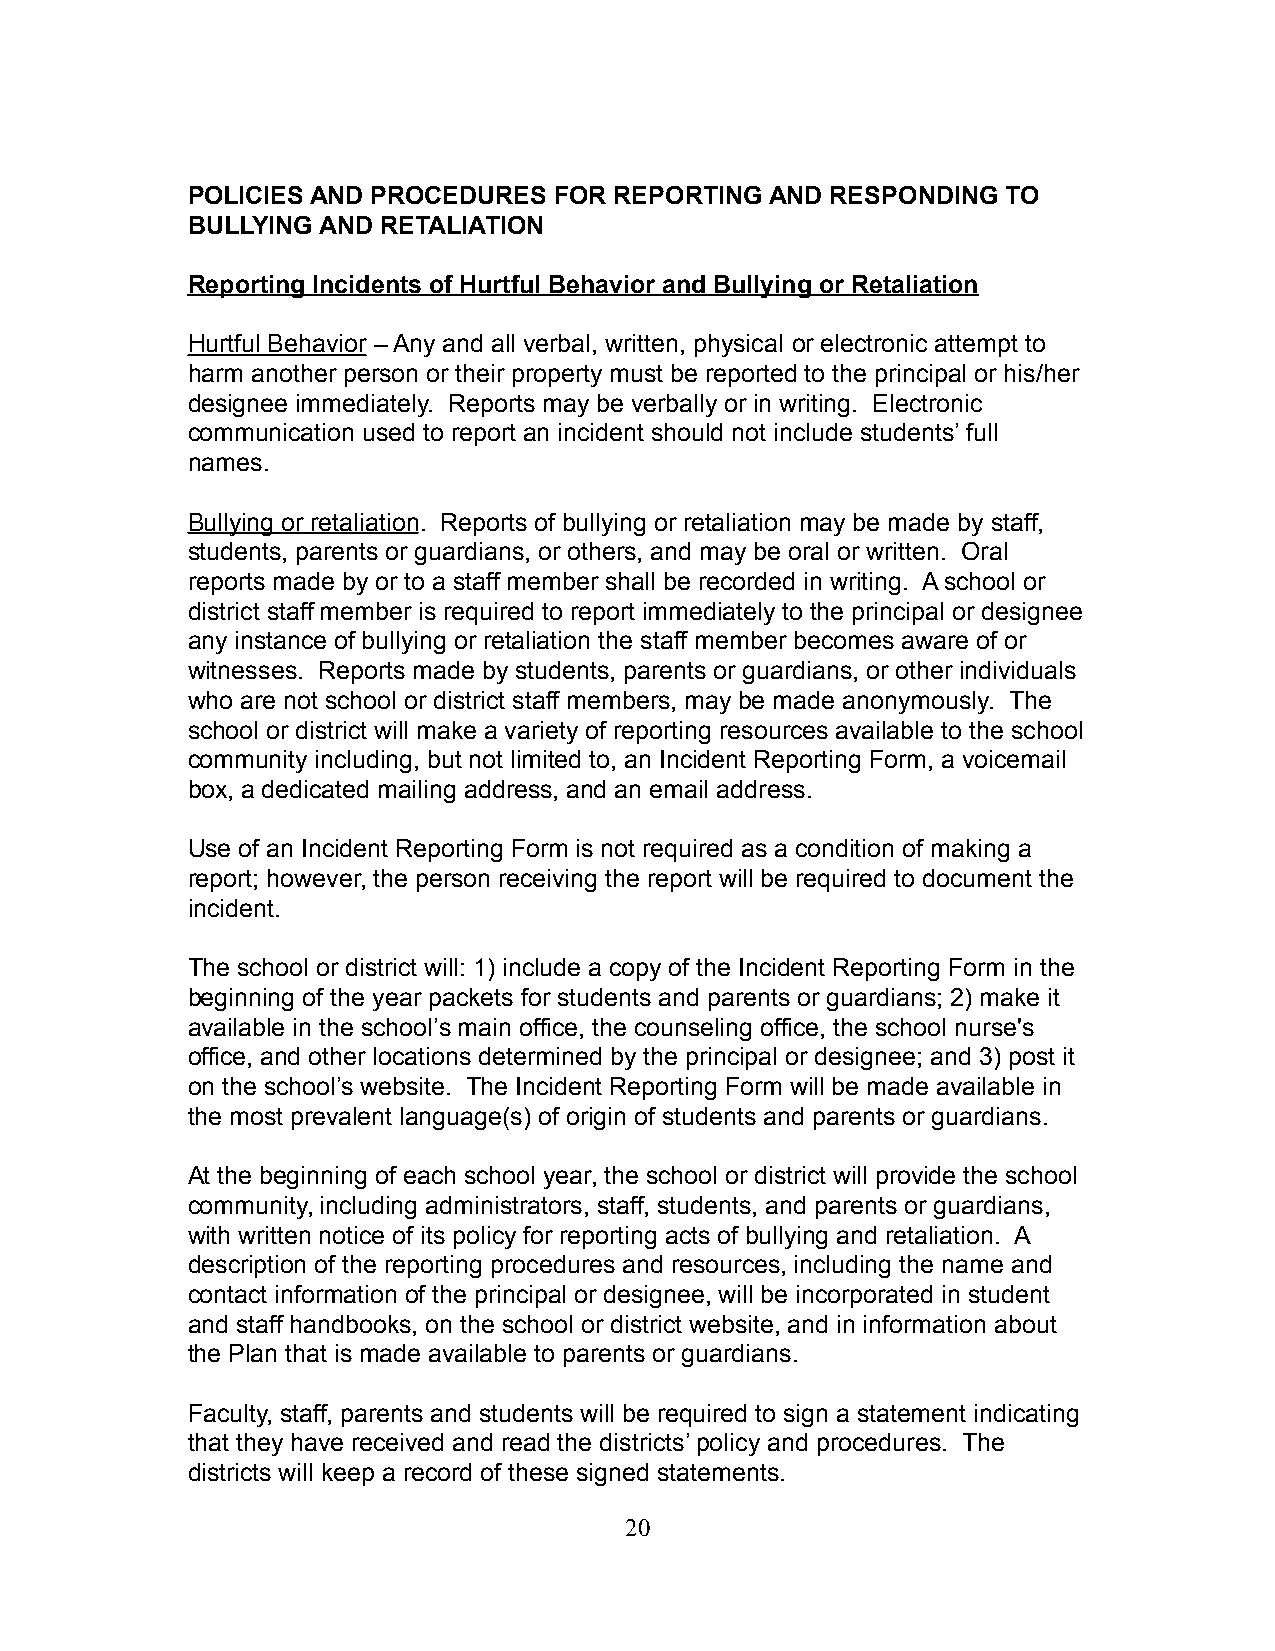
POLICIES AND PROCEDURES  FOR REPORTING AND RESPONDING  TO
 BULLYING AND RETALIATION
 Reporting Incidents of Hurtful Behavior and Bullying or Retaliation
 Hurtful Behavior – Any and all verbal, written, physical or electronic attempt to
 harm another person or their property must be reported to the principal or his/her
 designee immediately. Reports may be verbally or in writing. Electronic
 communication used to report an incident should not include students’ full
 names.
 Bullying or retaliation. Reports of bullying or retaliation may be made by staff,
 students, parents or guardians, or others, and may be oral or written. Oral
 reports made by or to a staff member shall be recorded in writing. A school or
 district staff member is required to report immediately to the principal or designee
 any instance of bullying or retaliation the staff member becomes aware of or
 witnesses. Reports made by students, parents or guardians, or other individuals
 who are not school or district staff members, may be made anonymously. The
 school or district will make a variety of reporting resources available to the school
 community including, but not limited to, an Incident Reporting Form, a voicemail
 box, a dedicated mailing address, and an email address.
 Use of an Incident Reporting Form is not required as a condition of making a
 report; however, the person receiving the report will be required to document the
 incident.
 The school or district will: 1) include a copy of the Incident Reporting Form in the
 beginning of the year packets for students and parents or guardians; 2) make it
 available in the school’s main office, the counseling office, the school nurse's
 office, and other locations determined by the principal or designee; and 3) post it
 on the school’s website. The Incident Reporting Form will be made available in
 the most prevalent language(s) of origin of students and parents or guardians.
 At the beginning of each school year, the school or district will provide the school
 community, including administrators, staff, students, and parents or guardians,
 with written notice of its policy for reporting acts of bullying and retaliation. A
 description of the reporting procedures and resources, including the name and
 contact information of the principal or designee, will be incorporated in student
 and staff handbooks, on the school or district website, and in information about
 the Plan that is made available to parents or guardians.
 Faculty, staff, parents and students will be required to sign a statement indicating
 that they have received and read the districts’ policy and procedures. The
 districts will keep a record of these signed statements.
 20